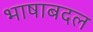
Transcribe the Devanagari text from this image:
भाषाबदल